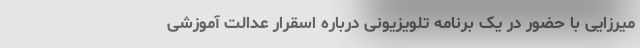
میرزایی با حضور در یک برنامه تلویزیونی درباره اسقرار عدالت آموزشی